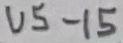
Text: U5-15